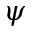
\psi